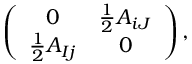
\left( \begin{array} { c c } { { 0 } } & { { { \frac { 1 } { 2 } } A _ { i J } } } \\ { { { \frac { 1 } { 2 } } A _ { I j } } } & { { 0 } } \end{array} \right) ,